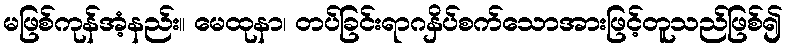
မဖြစ်ကုန်အံ့နည်း။ မေထုနာ၊ တပ်ခြင်းရာဂနှိပ်စက်သောအားဖြင့်တူသည်ဖြစ်၍